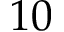
1 0